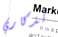
تذكاري